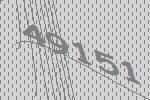
49151